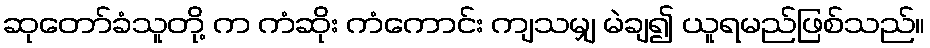
ဆုတော်ခံသူတို့ က ကံဆိုး ကံကောင်း ကျသမျှ မဲချ၍ ယူရမည်ဖြစ်သည်။